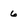
Character: 6